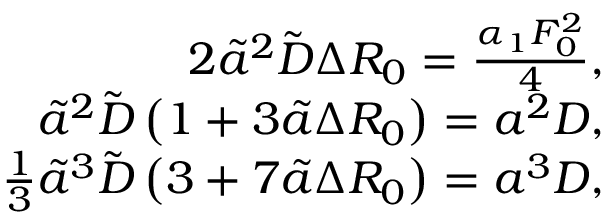
\begin{array} { r } { 2 \tilde { a } ^ { 2 } \tilde { D } \Delta R _ { 0 } = \frac { \alpha _ { 1 } F _ { 0 } ^ { 2 } } { 4 } , } \\ { \tilde { a } ^ { 2 } \tilde { D } \left( 1 + 3 \tilde { a } \Delta R _ { 0 } \right) = a ^ { 2 } D , } \\ { \frac { 1 } { 3 } \tilde { a } ^ { 3 } \tilde { D } \left( 3 + 7 \tilde { a } \Delta R _ { 0 } \right) = a ^ { 3 } D , } \end{array}